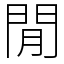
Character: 閒